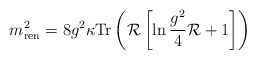
\begin{align*}m^2_{\rm ren} = 8g^2\kappa{\rm Tr}\left({\cal R}\left[\ln\frac{g^2}{4}{\cal R}+1\right]\right)\end{align*}